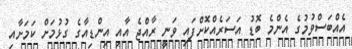
އެއްބަސްވުމުގެ އެންމެ ބޮޑު އަސަރެއްކޮށްފައި ވަނީ ރާއްޖެ އާއި އިންޑިއާގެ ގުޅުމަށް ކަމަށާއި